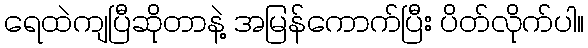
ရေထဲကျပြီဆိုတာနဲ့ အမြန်ကောက်ပြီး ပိတ်လိုက်ပါ။